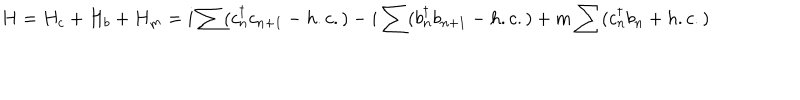
LaTeX: H = H _ { c } + H _ { b } + H _ { m } = i \sum ( c _ { n } ^ { \dagger } c _ { n + 1 } - h . c . ) - i \sum ( b _ { n } ^ { \dagger } b _ { n + 1 } - h . c . ) + m \sum ( c _ { n } ^ { \dagger } b _ { n } + h . c . )